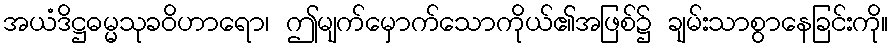
အယံဒိဋ္ဌဓမ္မသုခဝိဟာရော၊ ဤမျက်မှောက်သောကိုယ်၏အဖြစ်၌ ချမ်းသာစွာနေခြင်းကို။